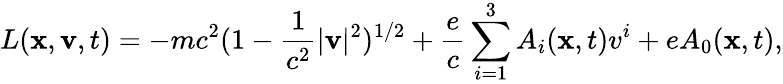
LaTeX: L({\mathbf x},{\mathbf v},t)=-mc^{2}(1-\frac{1}{c^{2}}|{\mathbf v}|^{2})^{1/2}+\frac{e}{c}\sum_{i=1}^{3}A_{i}({\mathbf x},t)v^{i}+eA_{0}({\mathbf x},t),